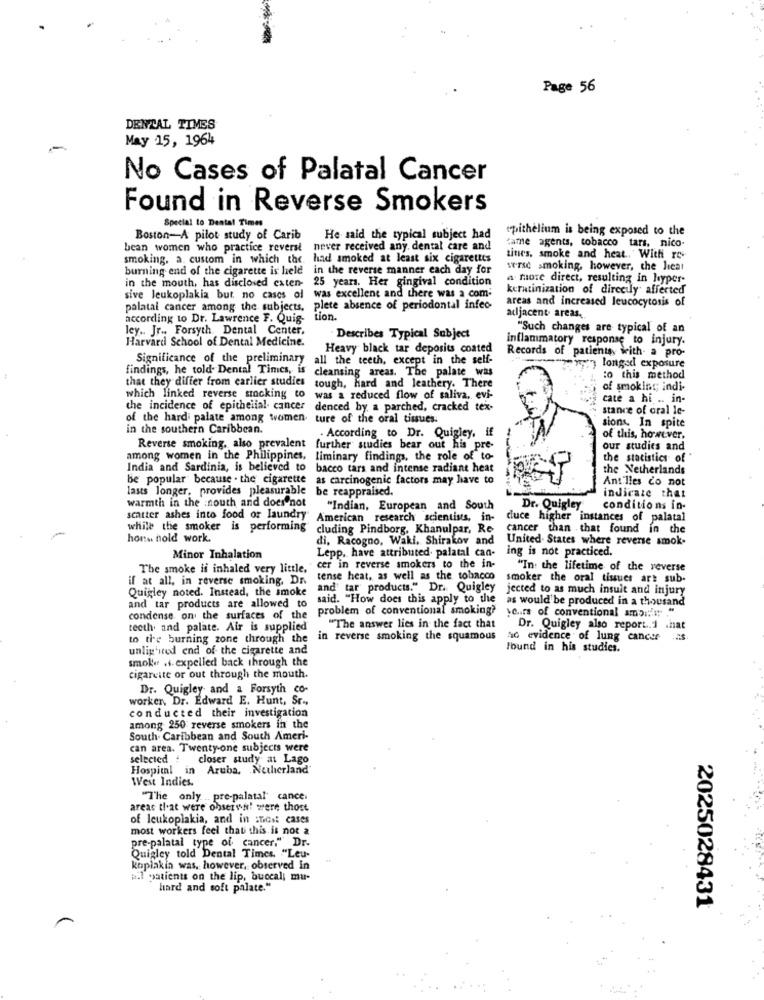
Page 56
DENTAL TIMES
May 15, 1964
No Cases of Palatal Cancer
Found in Reverse Smokers
Special to Dental Times
epithelium is being exposed to the
Boston-A pilot study of Carib
He said the typical subject had
bean women who practice reversi
never received any. dental care and
came agents, tobacco tars, nico-
smoking. a. custom in which the had smoked at least six cigarettes
tines, smoke and heat. With ro-
burning end of the cigarette is held in the reverse manner each day for
st-rsc smoking, however, the lieat
in the mouth, has disclosed exten-
25 years. Her gingival condition
a more direct, resulting in hyper-
was excellent and there was a com
keratinization of directly affected
sive leukoplakia but no cases of
areas and increased leucocytosis of
palatal cancer among the subjects, plete absence of periodontal infeo
according to Dr. Lawrence F. Quig-
tion.
adjacent areas,
ley .. Jr ., Forsyth. Dental Center,
"Such changes are typical of an
Harvard School of Dental Medicine.
Describes Typical Subject
inflammatory response to injury.
Heavy black tar deposits coated
Records of patients with a pro-
Significance of the preliminary
all the teeth, except in the self-
findings, he told. Dental Times, is
cleansing areas. The palate was
-geyer, longed exposure
that they differ from earlier studies
:o this method
tough, hard and leathery. There
of smoking; indi-
which linked reverse stocking to
was a reduced flow of saliva, evi-
cate a hi .. in-
the incidence of epithelial- cancer denced by a parched, cracked tex-
stance of oral le-
of the hard palate among women.
ture of the oral tissues.
sions. In spite
in the southern Caribbean.
According to Dr. Quigley, if
of this, however,
Reverse smoking, also prevalent further studies bear out his pre-
our studies and
among women in the Philippines, liminary findings, the role of to-
the statistics of "
India and Sardinia, is believed to bacco tars and intense radiant heat
the Netherlands
be popular because . the cigarette
as carcinogenic factors may have to
Ant lies do not
lasts longer, provides pleasurable be reappraised.
indicate that
warmth in the south and does not
"Indian, European and South
Dr. Quigley
conditions in-
scatter ashes into food or laundry American research scientists, in-
duce higher instances of palatal
while the smoker is performing
cluding Pindborg, Khanulpar, Re
cancer than that found in the
hors hold work
di, Racogno, Waki. Shirakov and
United- States where reverse smok.
Lepp, have attributed. palatal can-
ing is not practiced.
Minor Inhalation
The smoke is inhaled very little.
cer in reverse smokers to the in-
"In the lifetime of the reverse
if at all, in reverse smoking, Dn
tense heat, as well as the tobacco
smoker the oral tissues art sub-
Quigley noted. Instead, the smoke
and tar products." Dr. Quigley jected to as much insult and injury
and tar products are allowed to
said. "How does this apply to the as would be produced in a thousand
problem of conventional smoking?
years of conventional ambi !!! "
condense on the surfaces of the
teeth. and palate. Air is supplied
"The answer lies in the fact that
Dr. Quigley also report.1 .hat
to the burning zone through the
in reverse smoking the squamous
no evidence of lung cancer
unlig'ited end of the cigarette and
lbund in his studies.
smoke .s. expelled back through the
cigarette or out through the mouth.
Dr. Quigley and a Forsyth co-
worker, Dr. Edward E. Hunt, St-
conducted their investigation
among 250 reverse smokers in the
South. Caribbean and South Ameri-
can area. Twenty-one subjects were
selected
closer study at Lago
Hospital
in
Aruba, Netherland'
West Indies.
"The only. .. pre-palatal cance.
areas that were ohserwh! were those
of leukoplakia, and in :nost cases
most workers feel that this is not a
pre-palatal type of cancer." Dr-
Quigley told Dental Times. "Leu-
koplakin was, however, observed in
hil patients on the lip, buccal; mu-
hard and soft palate."
2025028431